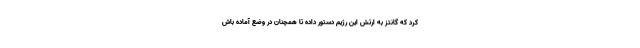
کرد که گانتز به ارتش این رژیم دستور داده تا همچنان در وضع آماده باش